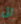
الى